Madras plague regulations and rules - Volume 2
Disease focus: Plague
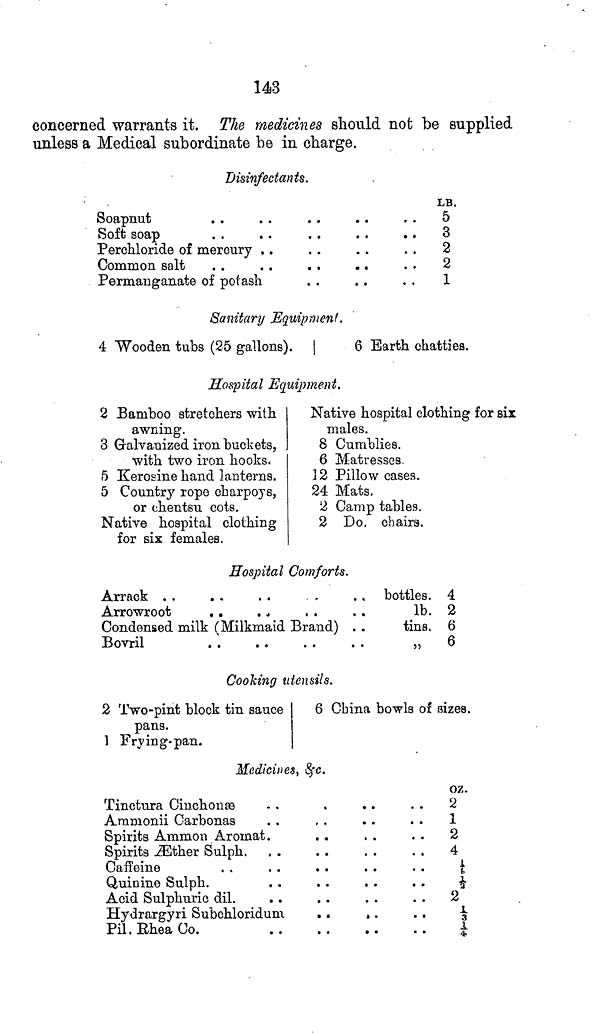
143
concerned warrants it. The medicines should not be supplied
unless a Medical subordinate be in charge.
Disinfectants.
Soapnut
Soft soap
Perehloride of mercury
Common salt
Permanganate of potash
LB.
5
3
2
2
1
Sanitary Equipment.
4 Wooden tubs (25 gallons).
6 Earth chatties.
Hospital Equipment.
2 Bamboo stretchers with
awning.
3 Gralvanized iron buckets,
with two iron hooks.
5 Kerosine hand lanterns.
5 Country rope charpoys,
or chentsu cots.
Native hospital clothing
for six females.
Native hospital clothing for six
males.
8 Cunihlies.
6 Matresses.
12 Pillow cases.
24 Mats.
2 Camp tables.
2 Do. chairs.
Hospital Comforts.
Arrack
Arrowroot
. .
Condensed milk (Milkmaid Brand) . .
Bovril
bottles. 4
Ib. 2
tins. 6
„
6
Cooking utensils.
2 Two-pint block tin sauce
pans.
1 Frying-pan.
6 China bowls of sizes.
Medicines, &c.
Tinctura Cinchonas
.
....
Aramonii Carbonas
Spirits Ammon Aromat
Spirits Æther Sulph.
.
...
Caffeine
. .
.
...
Quinine Sulph.
.
.
...
Acid Sulphuric dil.
.
.
...
Hydrargyri Subchloridum
Pil. Rhea Co.
oz.
2
1
2
4
2
\1/3\
4